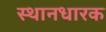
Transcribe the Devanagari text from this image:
स्थानधारक